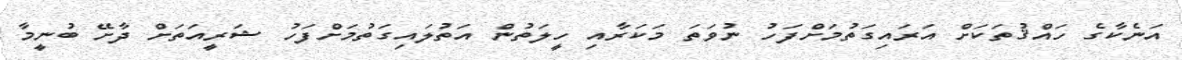
އަނެކާގެ ހައްޤުތަކަށް އަރައިގަތުމަށްފަހު ނުވަތަ މަކަރާއި ހީލަތުން އަތުލައިގަތުމަށްފަހު ޝަރީއަތަށް ދާށޭ ބުނީމާ